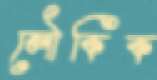
লৌকিক